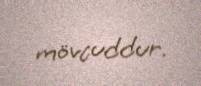
mövcuddur.